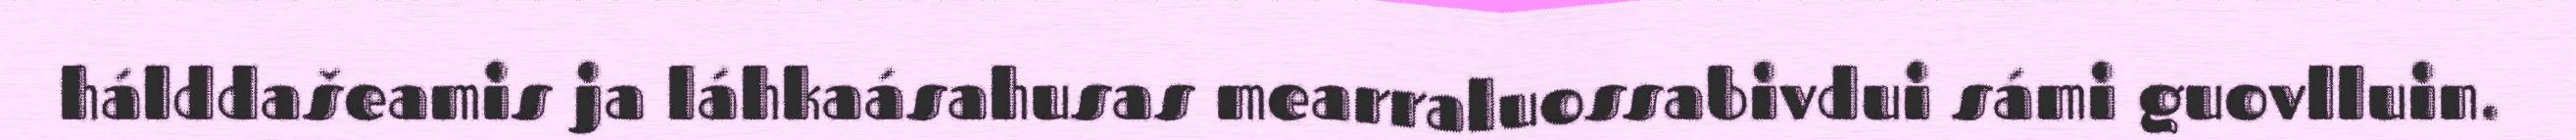
hálddašeamis ja láhkaásahusas mearraluossabivdui sámi guovlluin.